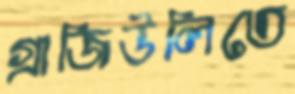
গ্রাজিউলিতে